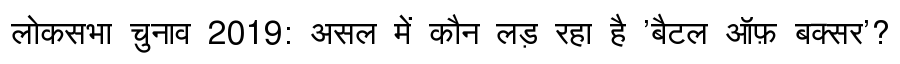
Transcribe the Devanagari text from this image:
लोकसभा चुनाव 2019: असल में कौन लड़ रहा है 'बैटल ऑफ़ बक्सर'?